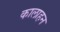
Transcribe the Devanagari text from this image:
कालाहन